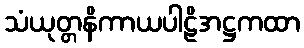
သံယုတ္တနိကာယပါဠိအဋ္ဌကထာ